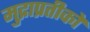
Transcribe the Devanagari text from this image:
मुद्राप्रतीकों